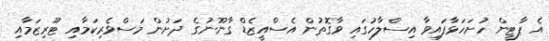
އެ ޕާޓީން ހުށަހަޅާފައިވާ އިސްލާހުގައި ވާގޮތުން އެސްއީޒެޑް ގާނޫނުގެ ދަށުން މަސްވެރިކަމާއި ޓޫރިޒަމާއި